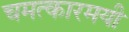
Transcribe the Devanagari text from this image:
चमत्कारमयी